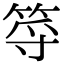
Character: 𥭐